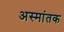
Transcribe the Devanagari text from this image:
अस्मांतक